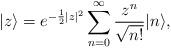
LaTeX: \begin{align*} \vert z\rangle = e^{-\frac{1}{2}|z|^2}\sum_{n =0}^\infty\frac{z^n}{\sqrt{n!}}\vert n\rangle,\end{align*}